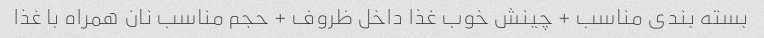
بسته بندی مناسب + چینش خوب غذا داخل ظروف + حجم مناسب نان همراه با غذا